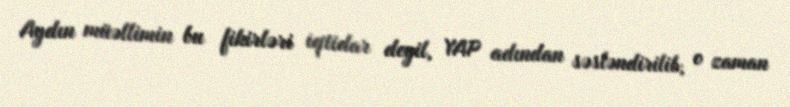
Aydın müəllimin bu fikirləri iqtidar deyil, YAP adından səsləndirilib, o zaman